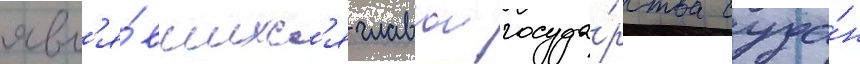
явл'я́вшихс'я главои госуда́рства суда́н